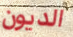
الديون